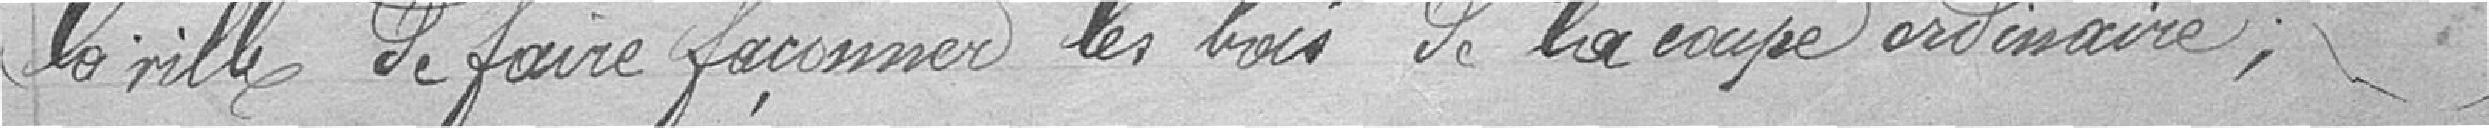
la ville de faire façonner les lois de la coupe ordinaire,